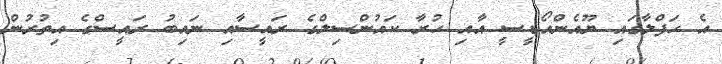
އެ ހަފްލާގައި ޔޫއެންއޯޑީސީ އާއި ހުރާ ކައުންސިލްގެ ރައީސާއި ނައިބު ރައީސްގެ އިތުރުން